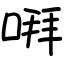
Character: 㗑